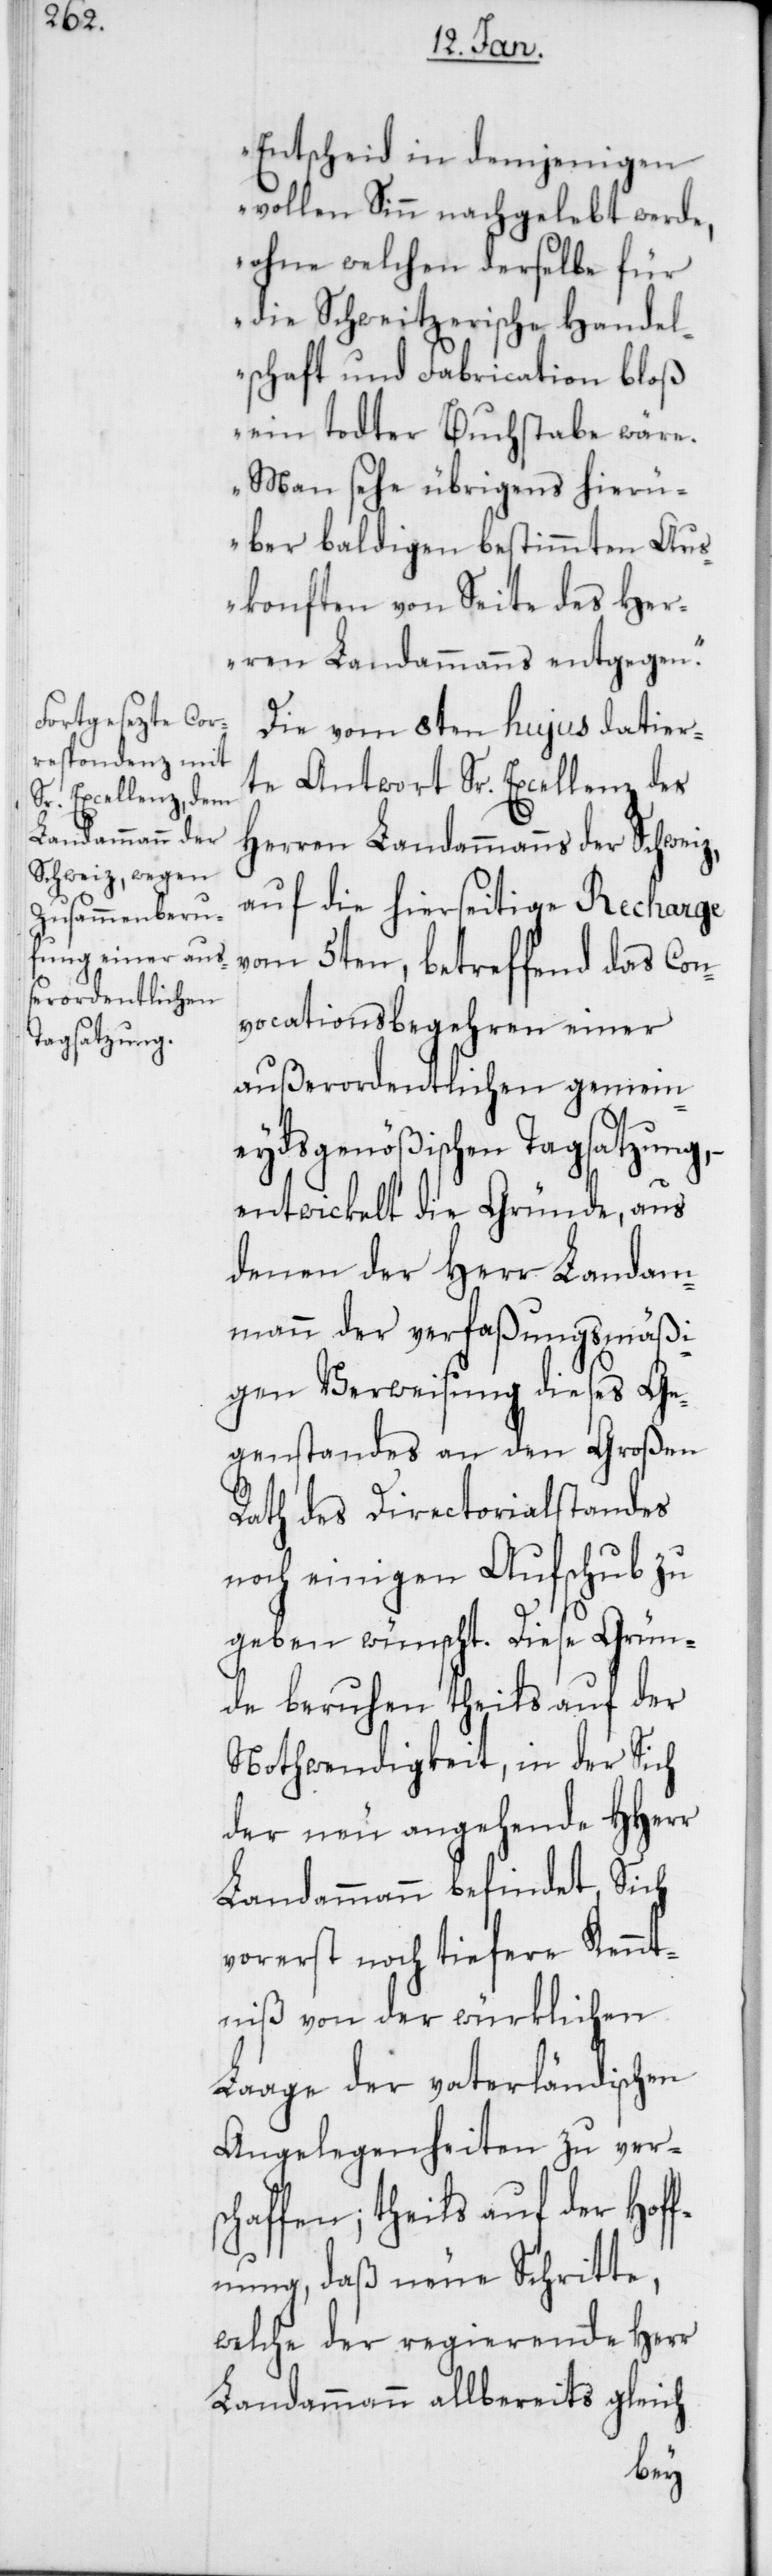
Landammanns der

Entscheid in demjenigen
vollen Sinn nachgelebt werde,
ohne welchen derselbe für
die Schweitzerische Handel¬
schaft und Fabrication bloß
ein todter Buchstabe wäre.
Man sehe übrigens hierü¬
ber baldigen bestimmten Aus¬
konften von Seite des Her¬
ren Landammanns entgegen.“
Die vom 8ten hujus datier¬
te Antwort Sr. Excellenz des
auf die hierseitige Recharge
vom 5ten, betreffend das Con¬
vocationsbegehren einer
außerordentlichen gemein¬
eydsgenößischen Tagsatzung,
entwickelt die Gründe, aus
denen der Herr Landam¬
mann der verfaßungsmäßi¬
gen Verweisung dieses Ge¬
genstandes an den Großen
Rath des Directorialstandes
noch einigen Aufschub zu
geben wünscht. Diese Grün¬
de beruhen theils auf der
Nothwendigkeit, in der Sich
der neu angehende HHerr
Landammann befindet, Sich
vorerst noch tiefere Kennt¬
niß von der würklichen
Laage der vaterländischen
Angelegenheiten zu vers¬
chaffen, theils auf der Hoff¬
nung, daß neue Schritte,
welche der regierende Herr
Landammann allbereits gleich